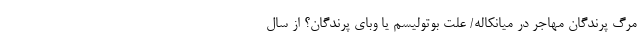
مرگ پرندگان مهاجر در میانکاله/ علت بوتولیسم یا وبای پرندگان؟ از سال